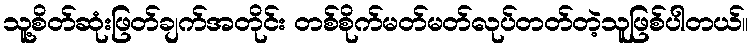
သူ့စိတ်ဆုံးဖြတ်ချက်အတိုင်း တစ်စိုက်မတ်မတ်လုပ်တတ်တဲ့သူဖြစ်ပါတယ်။